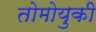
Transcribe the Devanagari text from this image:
तोमोयुकी